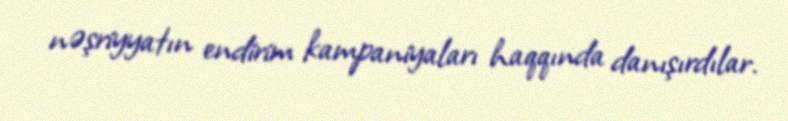
nəşriyyatın endirim kampaniyaları haqqında danışırdılar.